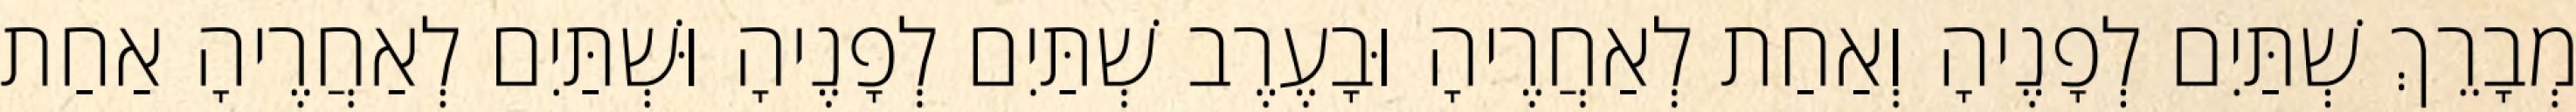
מְבָרֵךְ שְׁתַּיִם לְפָנֶיהָ וְאַחַת לְאַחֲרֶיהָ וּבָעֶרֶב שְׁתַּיִם לְפָנֶיהָ וּשְׁתַּיִם לְאַחֲרֶיהָ אַחַת